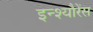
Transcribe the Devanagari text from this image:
इन्श्यौरेंस